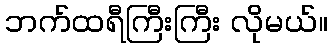
ဘက်ထရီကြီးကြီး လိုမယ်။